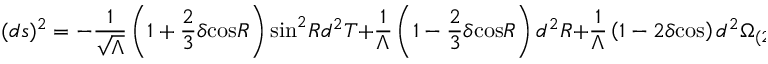
( d s ) ^ { 2 } = - \frac { 1 } { \sqrt { \Lambda } } \left( 1 + \frac { 2 } { 3 } \delta \mathrm { c o s } R \right) \mathrm { s i n } ^ { 2 } R d ^ { 2 } T + \frac { 1 } { \Lambda } \left( 1 - \frac { 2 } { 3 } \delta \mathrm { c o s } R \right) d ^ { 2 } R + \frac { 1 } { \Lambda } \left( 1 - 2 \delta \mathrm { c o s } \right) d ^ { 2 } \Omega _ { ( 2 ) }